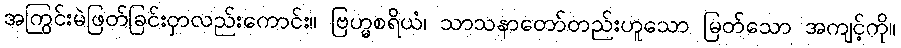
အကြွင်းမဲဖြတ်ခြင်းငှာလည်းကောင်း။ ဗြဟ္မစရိယံ၊ သာသနာတော်တည်းဟူသော မြတ်သော အကျင့်ကို။